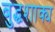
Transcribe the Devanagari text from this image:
बुद्धशाक्य